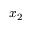
x _ { 2 }